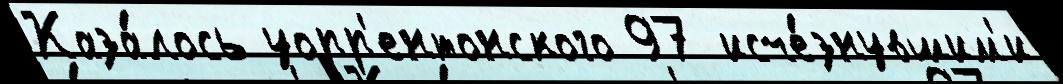
Каза́лось уорр'ентонского 97 исче́знувшим'и